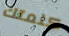
كلمتك